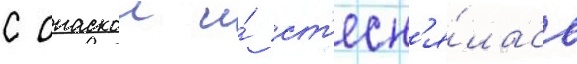
с опаскои и́ ст'есн'я́лась